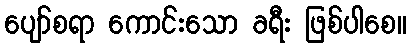
ပျော်စရာ ကောင်းသော ခရီး ဖြစ်ပါစေ။